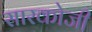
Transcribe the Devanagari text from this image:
सारकोजी